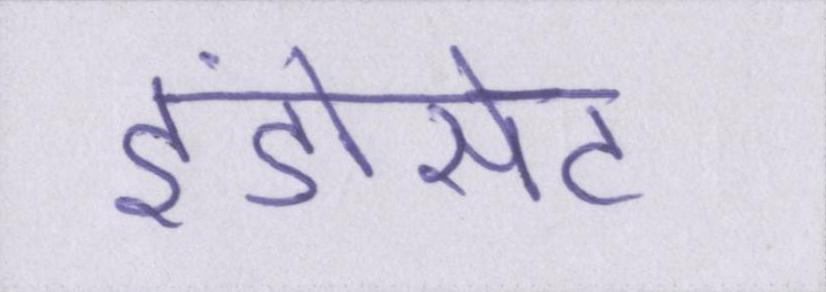
इंडोसेट